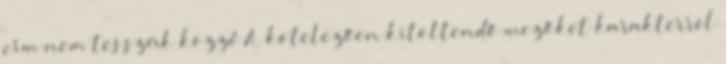
cím nem tesszük közzé A kötelezően kitöltendő mezőket karakterrel